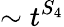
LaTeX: \sim t^{S_{4}}